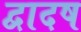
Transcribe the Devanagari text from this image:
द्वादष